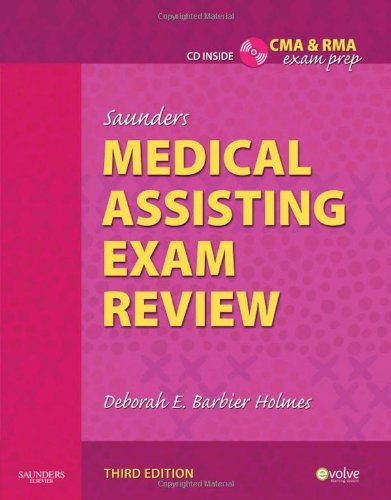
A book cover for Saunders Medical Assisting Exam Review, 3e; Deborah E. Holmes RN  BSN  RMA  CMA(AAMA); Medical Books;